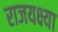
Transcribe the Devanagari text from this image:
राजयक्ष्या